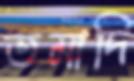
তমাদি